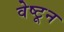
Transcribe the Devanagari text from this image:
वेष्टून